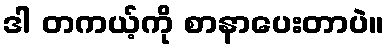
ဒါ တကယ့်ကို စာနာပေးတာပဲ။